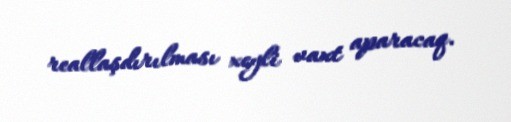
reallaşdırılması xeyli vaxt aparacaq.